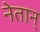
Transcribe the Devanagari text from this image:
नेतान्